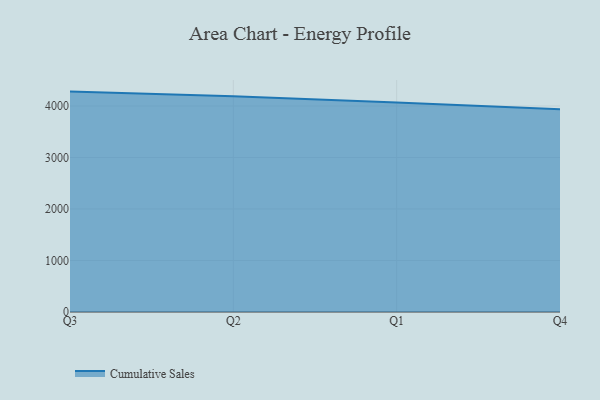
{"axis": {"x": "Quarter", "y": "Tickets Resolved"}, "legend": ["Cumulative Sales"], "data": [{"x": "Q3", "y": 4279.1, "type": "Cumulative Sales"}, {"x": "Q2", "y": 4190.1, "type": "Cumulative Sales"}, {"x": "Q1", "y": 4067.9, "type": "Cumulative Sales"}, {"x": "Q4", "y": 3938.2, "type": "Cumulative Sales"}]}